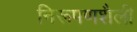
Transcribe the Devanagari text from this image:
निरूपणशैली